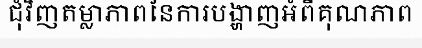
ជុំវិញតម្លាភាពនៃការបង្ហាញអំពីគុណភាព